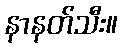
နာနတ်သီး။